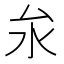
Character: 𪵨